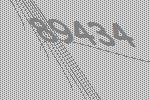
89434